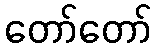
တော်တော်